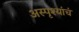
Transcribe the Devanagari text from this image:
अस्पृश्यांचं